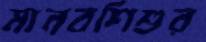
মানবশিশুর